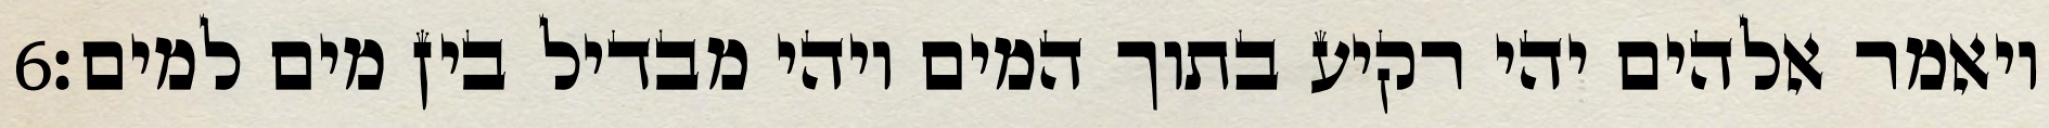
‎6‏ ויאמר אלהים יהי רקיע בתוך המים ויהי מבדיל בין מים למים׃